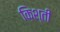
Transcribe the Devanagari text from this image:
क़िश्ती